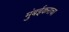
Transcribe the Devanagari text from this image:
मुंबईकराचा